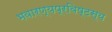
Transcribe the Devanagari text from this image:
भवारण्यप्रविष्टस्य